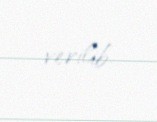
verilib.